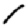
Digit: 1